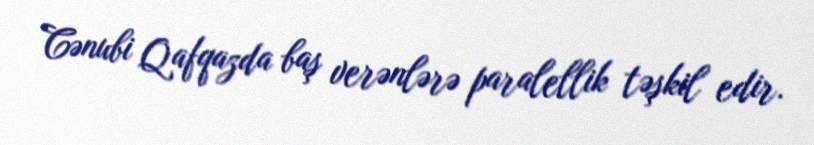
Cənubi Qafqazda baş verənlərə paralellik təşkil edir.